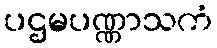
ပဌမပဏ္ဏာသကံ